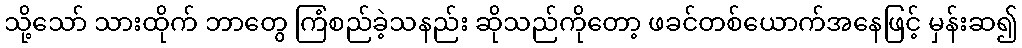
သို့သော် သားထိုက် ဘာတွေ ကြံစည်ခဲ့သနည်း ဆိုသည်ကိုတော့ ဖခင်တစ်ယောက်အနေဖြင့် မှန်းဆ၍